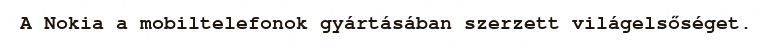
A Nokia a mobiltelefonok gyártásában szerzett világelsőséget.